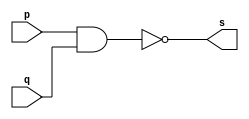
// Extra01
// Nome : Roger Rubens Machado


// and gate

module andgate (output [0:7]s, input [0:7]p, input [0:7]q); 
	assign s = ( ~(p&q)) ; 
endmodule // andgate

// Test and gate 

module testandgate;
reg [0:7]a , b;
wire [0:7]s;

andgate AND1(s, a, b);
	
	initial begin:start
		a = 8'b00000000; b = 8'b00000000;
end
	initial begin
		$display("Extra01 Roger Rubens Machado - 430533");
		$display("Test AND gate");
		
		$monitor("%b & %b = %b", a, b, s);	

	end
endmodule // testandgate